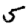
Digit: 5